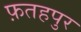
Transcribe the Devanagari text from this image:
फ़तहपुर